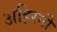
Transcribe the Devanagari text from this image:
अहिरनी